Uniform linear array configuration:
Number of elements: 8
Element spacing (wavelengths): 0.75
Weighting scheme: hann
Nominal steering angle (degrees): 45
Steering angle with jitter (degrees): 44.428
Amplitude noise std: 0.05
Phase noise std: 0.05

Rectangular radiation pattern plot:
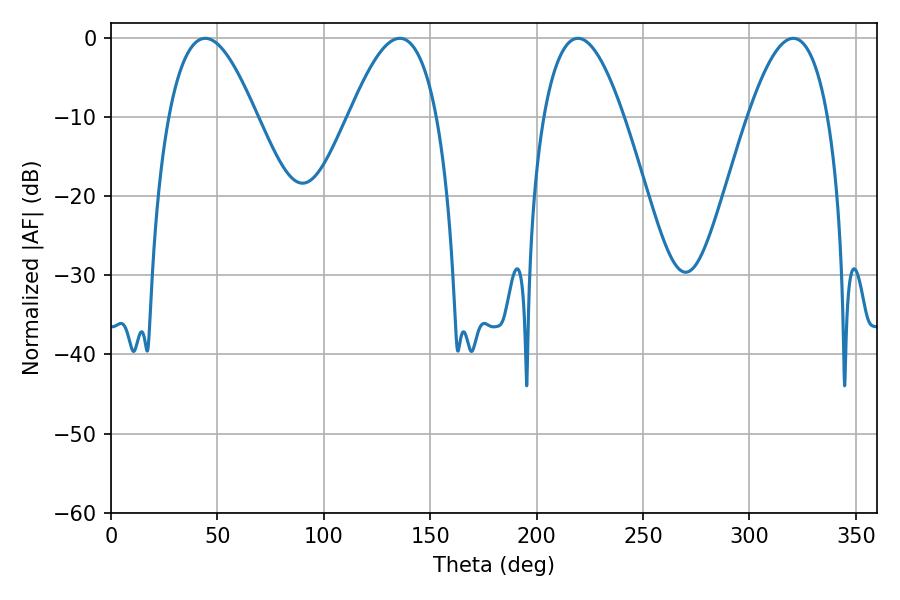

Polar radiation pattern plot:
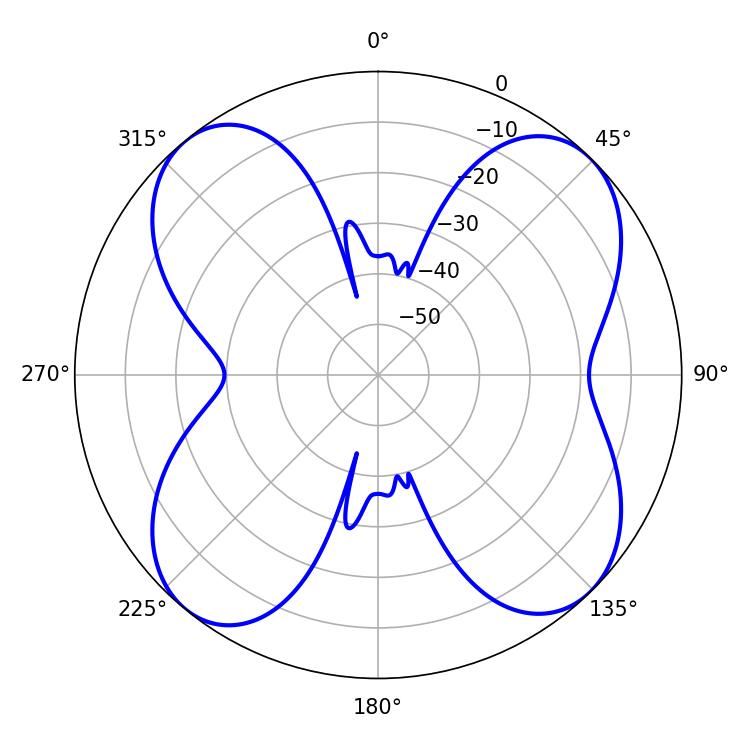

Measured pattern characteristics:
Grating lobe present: TRUE
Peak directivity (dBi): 12.571
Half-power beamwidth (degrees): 20.7
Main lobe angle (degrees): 219.42